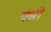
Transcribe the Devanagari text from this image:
फ्श्री